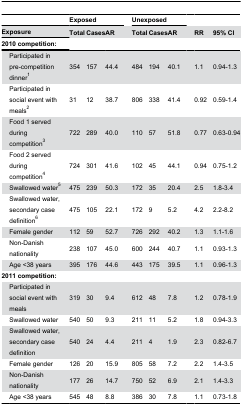
<table><thead><tr><td colspan="2"></td><td colspan="3"><b>Exposed</b></td><td></td><td colspan="3"><b>Unexposed</b></td><td></td><td></td><td></td></tr><tr><td colspan="2"><b>Exposure</b></td><td><b>Total</b></td><td><b>Cases</b></td><td><b>AR</b></td><td></td><td><b>Total</b></td><td><b>Cases</b></td><td><b>AR</b></td><td></td><td><b>RR</b></td><td><b>95% CI</b></td></tr><tr><td colspan="2"><b>2010 competition:</b></td><td></td><td></td><td></td><td></td><td></td><td></td><td></td><td></td><td></td><td></td></tr></thead><tbody><tr><td></td><td>Participated in pre-competition dinner<sup>1</sup></td><td>354</td><td>157</td><td>44.4</td><td></td><td>484</td><td>194</td><td>40.1</td><td></td><td>1.1</td><td>0.94-1.3</td></tr><tr><td></td><td>Participated in social event with meals<sup>2</sup></td><td>31</td><td> 12</td><td>38.7</td><td></td><td>806</td><td>338</td><td>41.4</td><td></td><td>0.92</td><td>0.59-1.4</td></tr><tr><td></td><td>Food 1 served during competition<sup>3</sup></td><td>722</td><td>289</td><td>40.0</td><td></td><td>110</td><td> 57</td><td>51.8</td><td></td><td>0.77</td><td>0.63-0.94</td></tr><tr><td></td><td>Food 2 served during competition<sup>4</sup></td><td>724</td><td>301</td><td>41.6</td><td></td><td>102</td><td> 45</td><td>44.1</td><td></td><td>0.94</td><td>0.75-1.2</td></tr><tr><td></td><td>Swallowed water<sup>5</sup></td><td>475</td><td>239</td><td>50.3</td><td></td><td>172</td><td> 35</td><td>20.4</td><td></td><td>2.5</td><td>1.8-3.4</td></tr><tr><td></td><td>Swallowed water, secondary case definition<sup>6</sup></td><td>475</td><td>105</td><td>22.1</td><td></td><td>172</td><td> 9</td><td> 5.2</td><td></td><td>4.2</td><td>2.2-8.2</td></tr><tr><td></td><td>Female gender </td><td>112</td><td> 59</td><td>52.7</td><td></td><td>726</td><td>292</td><td>40.2</td><td></td><td>1.3</td><td>1.1-1.6</td></tr><tr><td></td><td>Non-Danish nationality</td><td>238</td><td>107</td><td>45.0</td><td></td><td>600</td><td>244</td><td>40.7</td><td></td><td>1.1</td><td>0.93-1.3</td></tr><tr><td></td><td>Age &lt;38 years</td><td>395</td><td>176</td><td>44.6</td><td></td><td>443</td><td>175</td><td>39.5</td><td></td><td>1.1</td><td>0.96-1.3</td></tr><tr><td colspan="2"><b>2011 competition:</b></td><td></td><td></td><td></td><td></td><td></td><td></td><td></td><td></td><td></td><td></td></tr><tr><td></td><td>Participated in social event with meals</td><td>319</td><td> 30</td><td> 9.4</td><td></td><td>612</td><td> 48</td><td> 7.8</td><td></td><td>1.2</td><td>0.78-1.9</td></tr><tr><td></td><td>Swallowed water</td><td>540</td><td> 50</td><td> 9.3</td><td></td><td>211</td><td> 11</td><td> 5.2</td><td></td><td>1.8</td><td>0.94-3.3</td></tr><tr><td></td><td>Swallowed water, secondary case definition</td><td>540</td><td> 24</td><td> 4.4</td><td></td><td>211</td><td> 4</td><td> 1.9</td><td></td><td>2.3</td><td>0.82-6.7</td></tr><tr><td></td><td>Female gender </td><td>126</td><td> 20</td><td>15.9</td><td></td><td>805</td><td> 58</td><td> 7.2</td><td></td><td>2.2</td><td>1.4-3.5</td></tr><tr><td></td><td>Non-Danish nationality</td><td>177</td><td> 26</td><td>14.7</td><td></td><td>750</td><td> 52</td><td> 6.9</td><td></td><td>2.1</td><td>1.4-3.3</td></tr><tr><td></td><td>Age &lt;38 years</td><td>545</td><td> 48</td><td>8.8</td><td></td><td>386</td><td> 30</td><td> 7.8</td><td></td><td>1.1</td><td>0.73-1.8</td></tr></tbody></table>